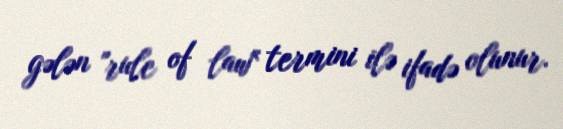
gələn "rule of law" termini ilə ifadə olunur.